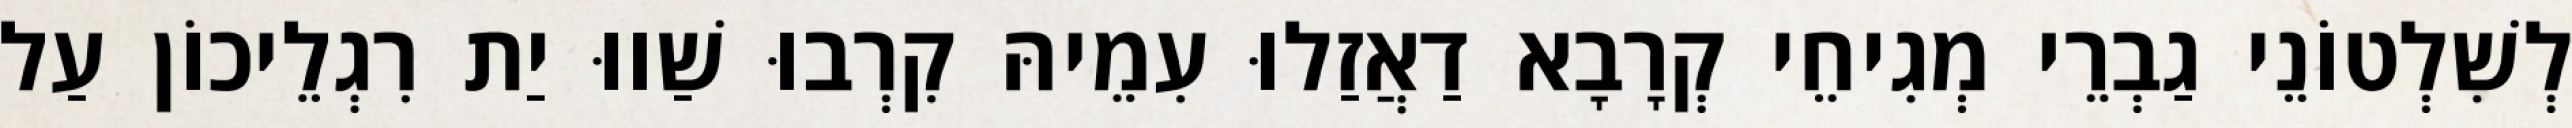
לְשִׁלְטוֹנֵי גַבְרֵי מְגִיחֵי קְרָבָא דַאֲזַלוּ עִמֵיהּ קִרְבוּ שַׁווּ יַת רִגְלֵיכוֹן עַל